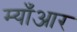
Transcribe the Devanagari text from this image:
म्याँआर